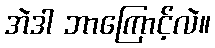
အဲဒါ ဘာကြောင့်လဲ။